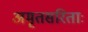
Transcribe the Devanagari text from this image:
अमृतसरिताः